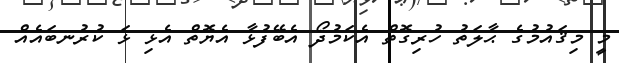
މީ މިޤައުމުގެ ޙާލަތު ހުރިގޮތް އެކަމުދޯ އެބޭފުޅާ އެޔޮތް އެޅި ޅަ ކުރުނބައެއް